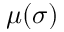
\mu ( \sigma )